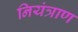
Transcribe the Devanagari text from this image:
नियंत्राण